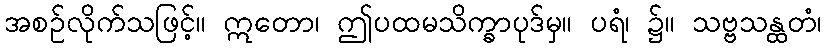
အစဉ်လိုက်သဖြင့်။ ဣတော၊ ဤပထမသိက္ခာပုဒ်မှ။ ပရံ၊ ၌။ သဗ္ဗသန္ထတံ၊